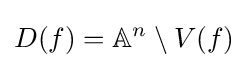
D(f)=\mathbb {A} ^{n}\setminus V(f)